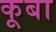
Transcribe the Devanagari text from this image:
कूबा